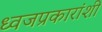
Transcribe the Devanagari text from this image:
ध्वजप्रकारांशी